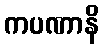
ကပဏာနိ